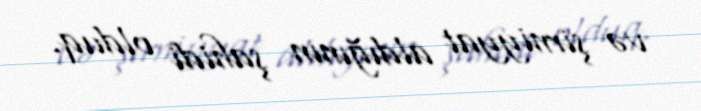
və şirniyyat aldığının şahidi olduq.